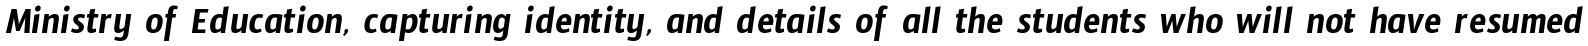
Ministry of Education, capturing identity, and details of all the students who will not have resumed